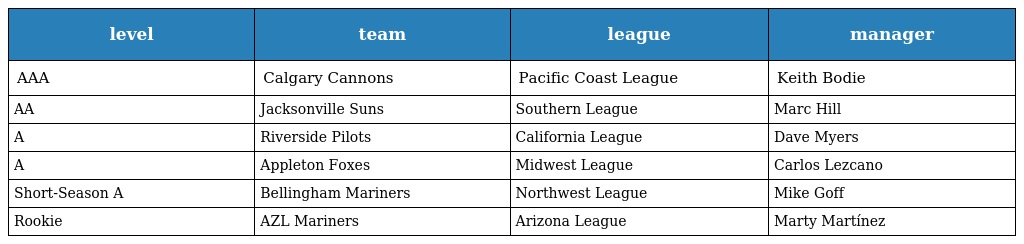
| level | team | league | manager |
 | --- | --- | --- | --- |
 | AAA | Calgary Cannons | Pacific Coast League | Keith Bodie |
 | AA | Jacksonville Suns | Southern League | Marc Hill |
 | A | Riverside Pilots | California League | Dave Myers |
 | A | Appleton Foxes | Midwest League | Carlos Lezcano |
 | Short-Season A | Bellingham Mariners | Northwest League | Mike Goff |
 | Rookie | AZL Mariners | Arizona League | Marty Martínez |